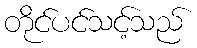
တိုင်ပင်သင့်သည်